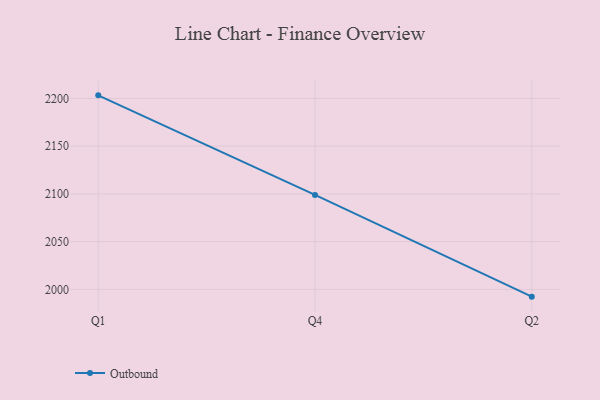
{"axis": {"x": "Quarter", "y": "Latency (ms)"}, "legend": ["Outbound"], "data": [{"x": "Q1", "y": 2203.2, "type": "Outbound"}, {"x": "Q4", "y": 2098.9, "type": "Outbound"}, {"x": "Q2", "y": 1992.4, "type": "Outbound"}]}